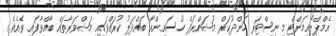
އެމްޕްލޯއިމަންޓް މިނިސްޓަރ ހަންދުކަރް މުޝައްރަފް ހުސައިންއާ ބައްދަލު ކުރައްވައި މަޝްވަރާތައް ބާއްވާފައި ވެއެވެ.